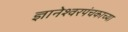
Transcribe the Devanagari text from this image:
ज्ञानेश्वरपंचकाच्या